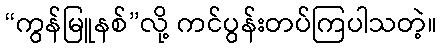
“ကွန်မြူနစ်”လို့ ကင်ပွန်းတပ်ကြပါသတဲ့။